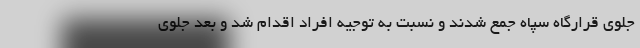
جلوی قرارگاه سپاه جمع شدند و نسبت به توجیه افراد اقدام شد و بعد جلوی